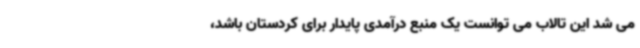
می شد این تالاب می توانست یک منبع درآمدی پایدار برای کردستان باشد،